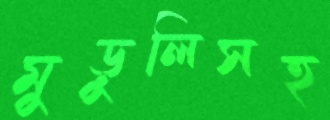
মুড়ুলিসহ